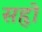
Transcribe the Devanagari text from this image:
सहृो